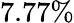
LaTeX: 7.77\%